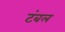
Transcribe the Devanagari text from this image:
टंबल